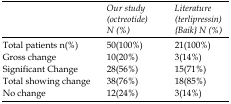
<table><thead><tr><td></td><td><b>Our study (octreotide) N (%)</b></td><td><b>Literature (terlipressin) {Baik} N (%)</b></td></tr></thead><tbody><tr><td>Total patients n(%)</td><td>50(100%)</td><td>21(100%)</td></tr><tr><td>Gross change</td><td>10(20%)</td><td>3(14%)</td></tr><tr><td>Significant Change</td><td>28(56%)</td><td>15(71%)</td></tr><tr><td>Total showing change</td><td>38(76%)</td><td>18(85%)</td></tr><tr><td>No change</td><td>12(24%)</td><td>3(14%)</td></tr></tbody></table>